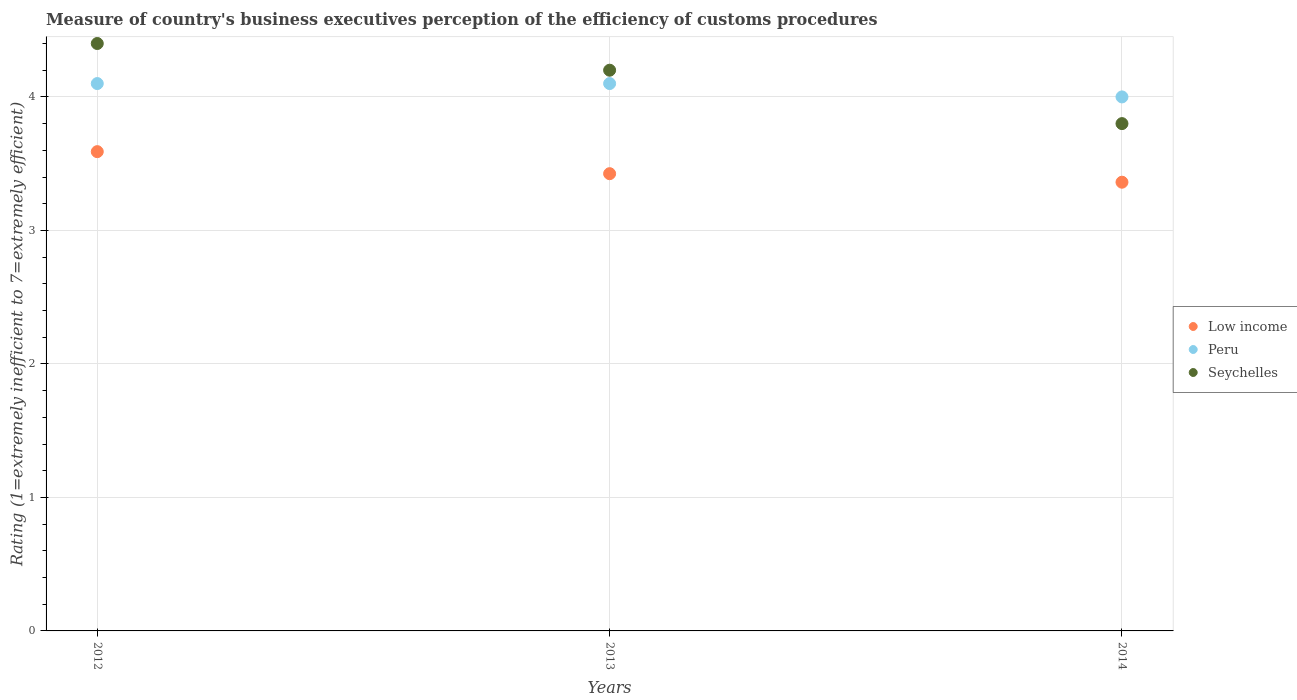
| Years | Low income | Peru | Seychelles |
 | --- | --- | --- | --- |
 | 2012 | 3.59 | 4.1 | 4.4 |
 | 2013 | 3.42 | 4.1 | 4.2 |
 | 2014 | 3.36 | 4 | 3.8 |